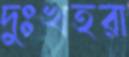
দুঃখহরা